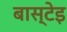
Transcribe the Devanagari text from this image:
बास्टेइ